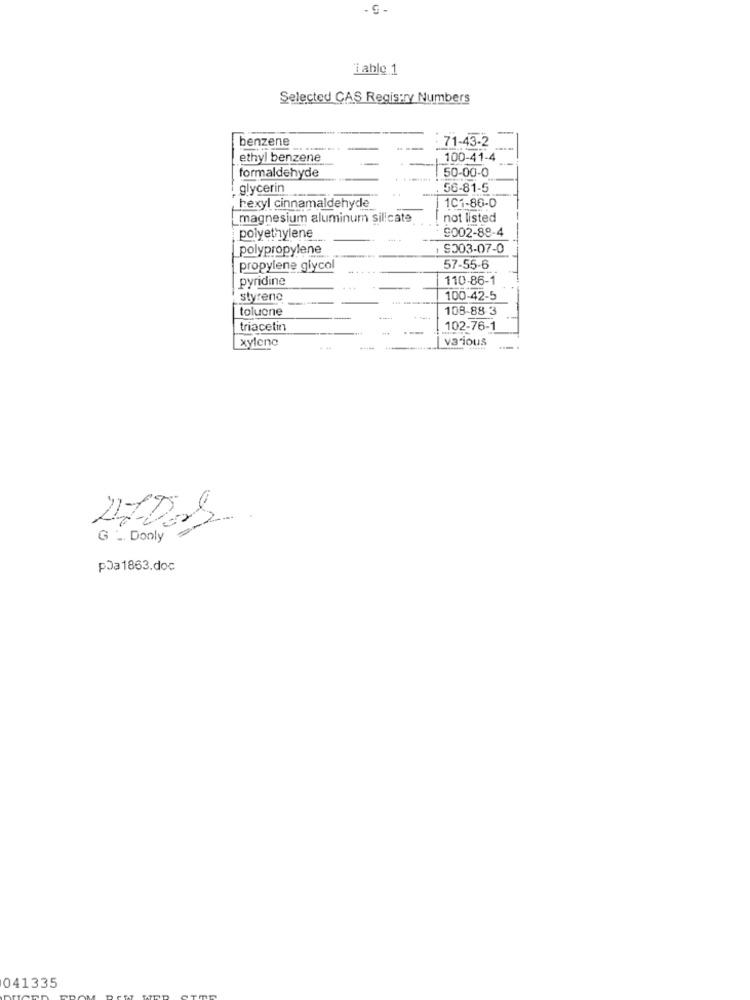
- G -
iable.1
Selected CAS Registry Numbers
benzene
71-43-2
ethyl benzene
100-41-4
50-00-0
formaldehyde
glycerin
56-81-5
hexyl cinnamaldehyde
101-86-0
magnesium aluminum silicate
not listed
9002-88-4
polyethylene
polypropylene
1 9203-07-0
propylene glycol
57-55-6
pyridine
110-86-1
styrene
100-42-5
toluene
108-88-3
-
---
triacetin
102-76-1
xylene
various
G - Dooly
pJa1863.doc
041335